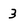
Character: 3